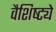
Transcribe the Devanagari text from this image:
वैशिष्‍ट्ये